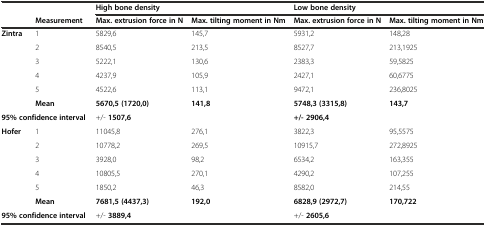
|  |  | <COLSPAN=2> High bone density | <COLSPAN=2> Low bone density |
 |  | Measurement | Max. extrusion force in N | Max. tilting moment in Nm | Max. extrusion force in N | Max. tilting moment in Nm |
 | --- | --- | --- | --- | --- | --- |
 | Zintra | 1 | 5829,6 | 145,7 | 5931,2 | 148,28 |
 |  | 2 | 8540,5 | 213,5 | 8527,7 | 213,1925 |
 |  | 3 | 5222,1 | 130,6 | 2383,3 | 59,5825 |
 |  | 4 | 4237,9 | 105,9 | 2427,1 | 60,6775 |
 |  | 5 | 4522,6 | 113,1 | 9472,1 | 236,8025 |
 |  | Mean | 5670,5 (1720,0) | 141,8 | 5748,3 (3315,8) | 143,7 |
 | <COLSPAN=2> 95% confidence interval | +/- 1507,6 |  | +/- 2906,4 |  |
 | Hofer | 1 | 11045,8 | 276,1 | 3822,3 | 95,5575 |
 |  | 2 | 10778,2 | 269,5 | 10915,7 | 272,8925 |
 |  | 3 | 3928,0 | 98,2 | 6534,2 | 163,355 |
 |  | 4 | 10805,5 | 270,1 | 4290,2 | 107,255 |
 |  | 5 | 1850,2 | 46,3 | 8582,0 | 214,55 |
 |  | Mean | 7681,5 (4437,3) | 192,0 | 6828,9 (2972,7) | 170,722 |
 | <COLSPAN=2> 95% confidence interval | +/- 3889,4 |  | +/- 2605,6 |  |